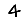
Digit: 4